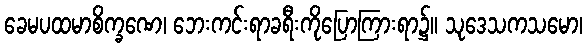
ခေမပထမာစိက္ခဏေ၊ ဘေးကင်းရာခရီးကိုပြောကြားရာ၌။ သုဒေသကသမော၊